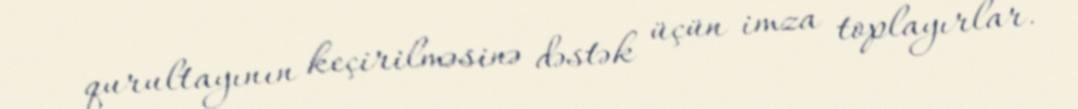
qurultayının keçirilməsinə dəstək üçün imza toplayırlar.